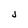
Character: J